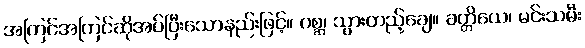
အကြင်အကြင်ဆိုအပ်ပြီးသောနည်းဖြင့်။ ဂစ္ဆ၊ သွားတည့်ချေ။ ခတ္တိယေ၊ မင်းသမီး